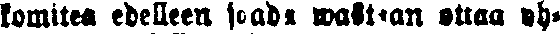
komitea edelleen saada wastaan ottaa yh-